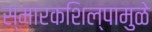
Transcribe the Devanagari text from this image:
स्मारकशिल्पामुळे